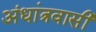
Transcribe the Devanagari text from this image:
अंधांत्रवासी